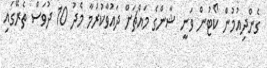
ގެންދިއުމުން ކޯޓުން ވަނީ ޝާންގެ މައްޗަށް ދައުވާކުރުމާ މެދު 10 ދުވަސް ތެރޭގައި